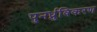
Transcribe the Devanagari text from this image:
पुनर्ध्रुविकरण